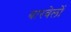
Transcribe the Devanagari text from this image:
बारबेलों